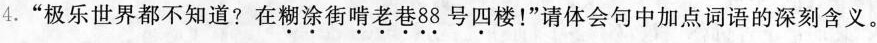
4.“极乐世界都不知道？在\underset{·}{糊}\underset{·}{涂}街\underset{·}{啃}\underset{·}{老}\underset{·}{巷}\underset{·}{8}\underset{·}{8}号\underset{·}{四}楼!”请体会句中加点词语的深刻含义。